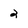
Character: 2